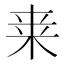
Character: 𭪀